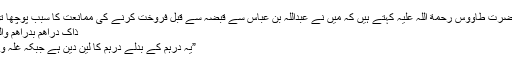
نامور تابعی حضرت طاؤوس رحمة اللہ علیہ کہتے ہیں کہ میں نے عبداللہ بن عباس ؓسے قبضہ سے قبل فروخت کرنے کی ممانعت کا سبب پوچھا تو انہوں فرمایا:
ذَاکَ دَرَاهِمُ بِدَرَاهِمَ وَالطَّعَامُ مُرْجَأ15
”یہ درہم کے بدلے درہم کا لین دین ہے جبکہ غلہ وہیں پڑا ہوا ہے۔